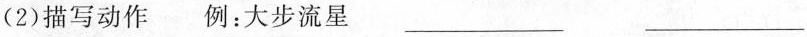
(2)描写动作 例：大步流星 ___ ___